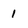
Character: 1